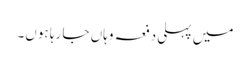
میں پہلی دفعہ وہاں جا رہا ہوں۔